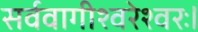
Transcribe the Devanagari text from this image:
सर्ववागीश्वरेश्वरः।